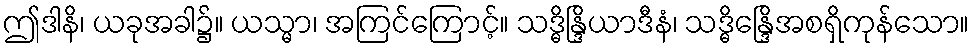
ဤဒါနိ၊ ယခုအခါ၌။ ယသ္မာ၊ အကြင်ကြောင့်။ သဒ္ဓိန္ဒြိယာဒီနံ၊ သဒ္ဓိန္ဒြေိအစရှိကုန်သော။